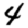
Digit: 4